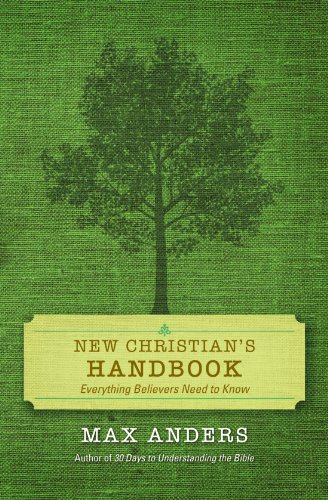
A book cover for New Christian's Handbook: Everything Believers Need to Know; Max Anders; Reference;